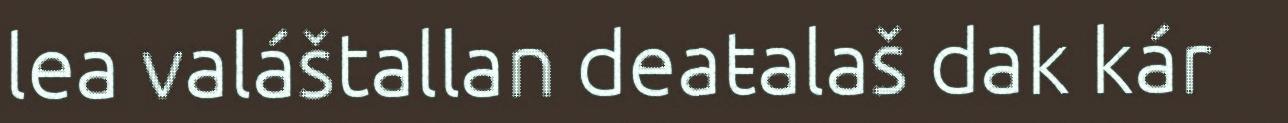
lea valáštallan deaŧalaš dak kár